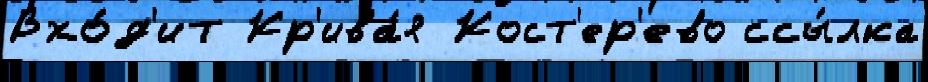
Вхо́д'ит Кр'ива́я Кост'ер'ево ссы́лка